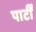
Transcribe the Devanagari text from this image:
पार्टीं